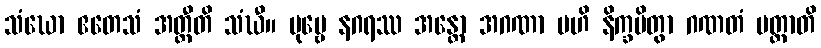
သံဃော ဧတေသံ အတ္ထီတိ သံဃီ။ ပုဗ္ဗေ နဂရဿ အန္တော အဂဏာ ဗဟိ နိက္ခမိတွာ ဂဏတံ ပတ္တာတိ